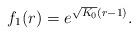
LaTeX: \begin{align*} f_1(r)= e^{\sqrt{K_0}(r-1)}. \end{align*}